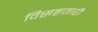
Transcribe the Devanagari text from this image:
विसहजारी